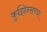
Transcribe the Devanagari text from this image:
कुझिन्सच्या